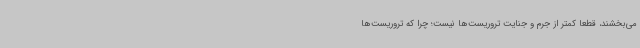
می‌بخشند، قطعاً کمتر از جرم و جنایت تروریست‌ها نیست؛ چرا که تروریست‌ها